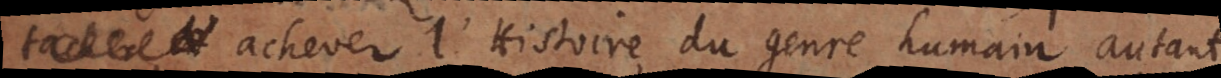
tacher l’achever l’Histoire du genre humain, autant